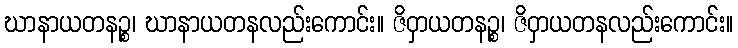
ဃာနာယတနဉ္စ၊ ဃာနာယတနလည်းကောင်း။ ဇိဝှာယတနဉ္စ၊ ဇိဝှာယတနလည်းကောင်း။